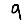
Digit: 9